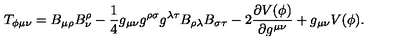
T _ { \phi \mu \nu } = B _ { \mu \rho } B _ { \nu } ^ { \rho } - \frac { 1 } { 4 } g _ { \mu \nu } g ^ { \rho \sigma } g ^ { \lambda \tau } B _ { \rho \lambda } B _ { \sigma \tau } - 2 \frac { \partial V ( \phi ) } { \partial g ^ { \mu \nu } } + g _ { \mu \nu } V ( \phi ) .